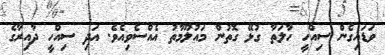
ވަޑައިގެން ސިއްހީ ހާލަތާ ގުޅޭ ގޮތުން މައުލޫމާތު އެއްސެވިއެވެ. އަދި ސިއްހީ ދާއިރާގެ